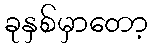
ခုနှစ်မှာတော့